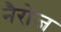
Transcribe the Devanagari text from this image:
नैरोज